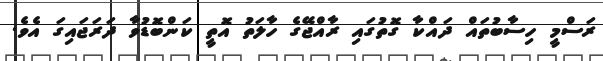
ރަސްމީ ހިސާބުތައް ދައްކާ ގޮތުގައި ރާއްޖޭގެ ހާލަތު އޮތީ ކަންބޮޑުވާ ދަރަޖައިގަ އެވެ.